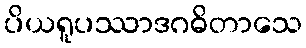
ပိယရူပဿာဒဂဓိတာသေ